Insane asylums in Bengal annual reports 1867-1875 - 1867-1875
Year: 1867
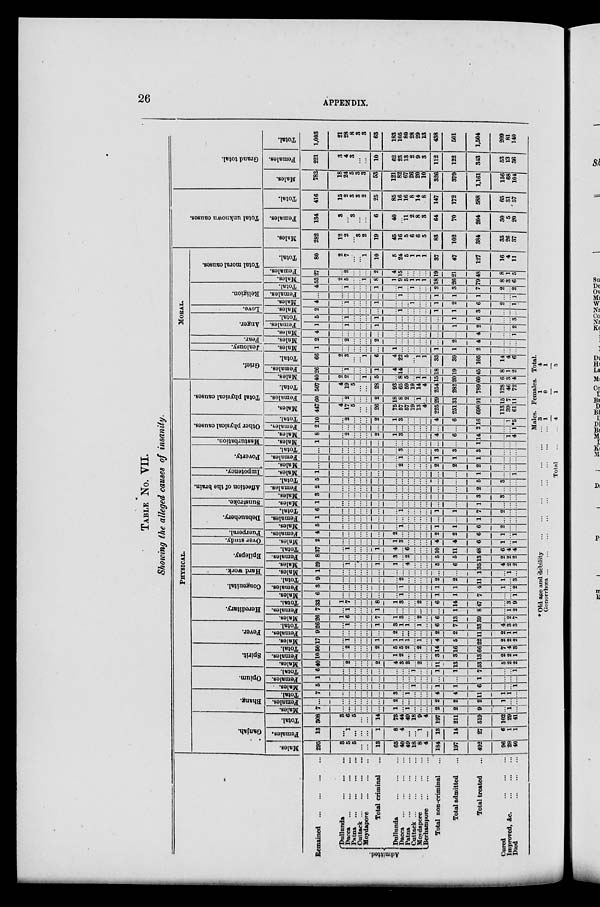
26
APPENDIX.
TABLE No.
VII.
Showing the alleged causes of insanity.
Remained ... ... ... ... ...
Admitted.
Dullunda
...
...
...
Dacca
...
...
...
Patna
...
...
...
Cuttack
...
...
...
Moydapore
...
...
...
Total
criminal ...
Dullunda
...
...
...
Dacca
...
...
...
Patna
...
...
...
Cuttack
...
...
...
Moydapore
...
...
...
Berhampore
...
...
...
Total non-criminal ...
Total admitted ...
Total treated ...
Cured
...
...
...
Improved,
&c.
...
...
...
Died
...
...
...
PHYSICAL.
Ganjah.
Males.
295
3
5
5
...
...
13
65
40
49
18
8
4
184
197
492
96
28
40
Females.
13
...
1
...
...
...
1
8
4
...
...
1
...
13
14
27
6
1
1
Total.
308
3
6
5
...
...
14
73
44
49
18
9
4
197
211
519
102
29
41
Bhang.
Males.
7
...
...
...
...
...
...
1
...
1
...
...
...
2
2
9
...
1
...
Females.
...
...
...
...
...
...
...
2
...
...
...
...
...
2
2
2
1
...
...
Total.
7
...
...
...
...
...
...
3
...
1
...
...
...
4
4
11
1
1
...
Opium.
Males.
5
...
...
...
...
...
...
...
...
...
1
...
...
1
1
6
...
...
1
Females.
1
...
...
...
...
...
...
...
...
...
...
...
...
...
...
1
...
...
...
Total.
6
...
...
...
...
...
...
...
...
...
1
...
...
1
1
7
...
...
1
Spirit.
Males.
40
...
2
...
...
...
2
4
3
2
...
2
...
11
13
53
5
2
2
Females.
10
...
...
...
...
...
...
1
2
...
...
...
...
3
3
13
2
2
1
Total.
50
...
2
...
...
...
2
5
5
2
...
2
...
14
16
66
7
4
3
Fever.
Males.
17
...
1
...
...
...
1
1
1
1
...
1
...
4
5
22
2
2
2
Females.
9
...
...
...
...
...
...
2
...
...
...
...
...
2
2
11
2
1
1
Total.
26
...
1
...
...
...
1
3
1
1
...
1
...
6
7
33
4
3
3
Hereditary.
Males.
26
1
6
...
...
...
7
1
3
...
...
2
...
6
13
39
...
2
7
Females.
7
...
1
...
...
...
1
...
...
...
...
...
...
...
1
8
...
1
2
Total.
33
1
7
...
...
...
8
1
3
...
...
2
...
6
14
47
...
3
9
Congenital.
Males.
6
...
...
...
...
...
...
...
1
...
...
...
...
1
1
7
...
...
1
Females.
3
...
...
...
...
...
...
...
1
...
...
...
...
1
1
4
1
...
2
Total.
9
...
...
...
...
...
...
...
2
...
...
...
...
2
2
11
1
...
3
Hard work.
Males.
1
...
...
...
...
...
...
...
...
...
...
...
...
...
...
1
...
1
...
Epilepsy.
Males.
29
...
1
...
...
...
1
1
...
4
...
...
...
5
6
35
4
2
2
Females.
8
...
...
...
...
...
...
3
...
2
...
...
...
5
51
13
2
2
2
Total.
37
...
1
...
...
...
1
4
...
6
...
...
...
10
11
48
6
4
4
Over study.
Males.
2
...
...
...
...
...
...
1
3
...
...
...
...
4
4
6
1
...
1
Puerperal
Females.
4
...
...
...
...
...
...
2
...
...
...
...
...
2
2
6
1
...
1
Debauchery.
Males.
5
...
...
...
...
...
...
...
1
...
...
...
...
1
1
6
2
...
...
Females.
1
...
...
...
...
...
...
...
...
...
...
...
...
...
...
1
...
...
...
Total.
6
...
...
...
...
...
...
...
1
...
...
...
...
1
1
7
2
...
...
Sunstroke.
Males.
1
...
...
...
...
...
...
...
...
...
...
...
...
...
...
1
...
...
...
Affection of the brain.
Males.
3
...
...
...
...
...
...
...
...
...
...
...
...
...
...
3
3
...
...
Females.
2
...
...
...
...
...
...
...
...
...
...
...
...
...
...
2
...
...
...
Total.
5
...
...
...
...
...
...
...
...
...
...
...
...
...
...
5
3
...
...
Impotency.
Males.
1
...
...
...
...
...
...
...
...
...
...
...
...
...
...
1
...
...
1
Poverty.
Males.
...
...
...
...
...
...
...
...
2
...
...
...
...
2
2
2
...
...
...
Females.
...
...
...
...
...
...
...
...
1
...
...
...
...
1
1
1
...
...
...
Total.
...
...
...
...
...
...
...
...
3
...
...
...
...
3
3
3
...
...
...
Masturbation.
Males.
1
...
...
...
...
...
...
...
...
...
...
...
...
...
...
1
...
...
...
Other physical causes.
Males.
8
...
2
...
...
...
2
1
3
...
...
...
...
4
6
14
...
1
4
Females.
2
...
...
...
...
...
...
...
...
...
...
...
...
...
...
2
...
...
1
Total.
10
...
2
...
...
...
2
1
3
...
...
...
...
4
6
6
...
1
*5
Total physical causes.
Males.
447
4
17
5
...
...
26
75
57
7
19
13
4
225
251
698
113
39
61
Females.
60
...
2
...
...
...
2
8
8
2
...
1
...
29
31
91
15
7
11
Total.
507
4
19
5
...
...
28
83
65
59
19
14
4
254
282
789
128
46
72
MORAL.
Grief.
Males.
40
2
2
...
...
1
5
...
8
5
...
1
1
15
20
60
6
3
4
Females.
26
...
1
...
...
...
1
4
14
...
...
...
...
18
19
45
8
1
2
Total.
66
2
3
...
...
1
6
4
22
5
...
1
1
33
39
105
14
4
6
Jealousy.
Males.
1
...
...
...
...
...
...
1
...
...
...
...
...
1
1
2
...
...
...
Fear.
Males.
2
...
2
...
...
...
2
...
...
...
...
...
...
...
2
4
...
...
...
Anger.
Males.
4
...
...
...
...
...
...
...
...
...
...
...
...
...
...
4
...
...
1
Females.
1
...
1
...
...
...
1
...
...
...
...
...
...
...
1
2
...
...
2
Total.
5
...
1
...
...
...
1
...
...
...
...
...
...
...
1
6
...
...
3
Love.
Males.
2
...
...
...
...
...
...
...
1
...
...
...
...
1
1
3
...
...
...
Religion.
Males.
4
...
1
...
...
...
1
...
...
...
1
...
...
1
2
6
2
...
1
Females.
...
...
...
...
...
...
...
...
1
...
...
...
...
1
1
1
...
...
1
Total.
4
...
1
...
...
...
1
...
1
...
1
...
...
2
3
7
2
...
2
Total moral causes.
Males.
53
2
5
...
...
1
8
1
9
5
1
1
1
18
26
79
8
3
6
Females.
27
...
2
...
...
...
2
4
15
...
...
...
...
19
21
48
8
1
5
Total.
80
2
7
...
...
1
10
5
24
5
1
1
1
37
47
127
16
4
11
Total unknown causes.
Males.
282
12
2
...
3
2
19
45
16
5
6
6
5
83
102
384
35
26
37
Females.
134
3
...
3
...
...
6
40
...
11
2
8
3
64
70
204
30
5
20
Total.
416
15
2
3
3
2
25
85
16
16
8
14
8
147
172
588
65
31
57
Grand total.
Males.
782
18
24
5
3
3
53
121
82
67
26
20
10
326
379
1,161
156
68
104
Females.
221
3
4
3
...
...
10
62
23
13
2
9
3
112
122
343
53
13
36
Total.
1,003
21
28
8
3
3
63
183
105
80
28
29
13
438
501
1,504
209
81
140
* Old age and debility
...
...
...
...
...
...
...
Gonorrhœa
...
...
...
...
...
...
...
Total
Males.
3
1
4
Females.
1
0
1
Total.
4
1
5